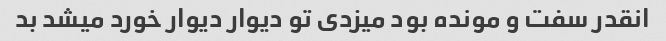
انقدر سفت و مونده بود میزدی تو دیوار دیوار خورد میشد بد